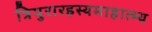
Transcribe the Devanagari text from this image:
त्रिपुरारहस्यमाहात्म्य